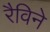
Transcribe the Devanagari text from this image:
रैविने